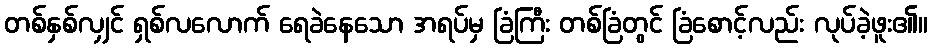
တစ်နှစ်လျှင် ရှစ်လလောက် ရေခဲနေသော အရပ်မှ ခြံကြီး တစ်ခြံတွင် ခြံစောင့်လည်း လုပ်ခဲ့ဖူး၏။